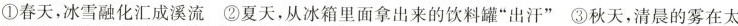
①春天，冰雪融化汇成溪流 ②夏天，从冰箱里面拿出来的饮料罐”出汗” ③秋天，清晨的雾在太